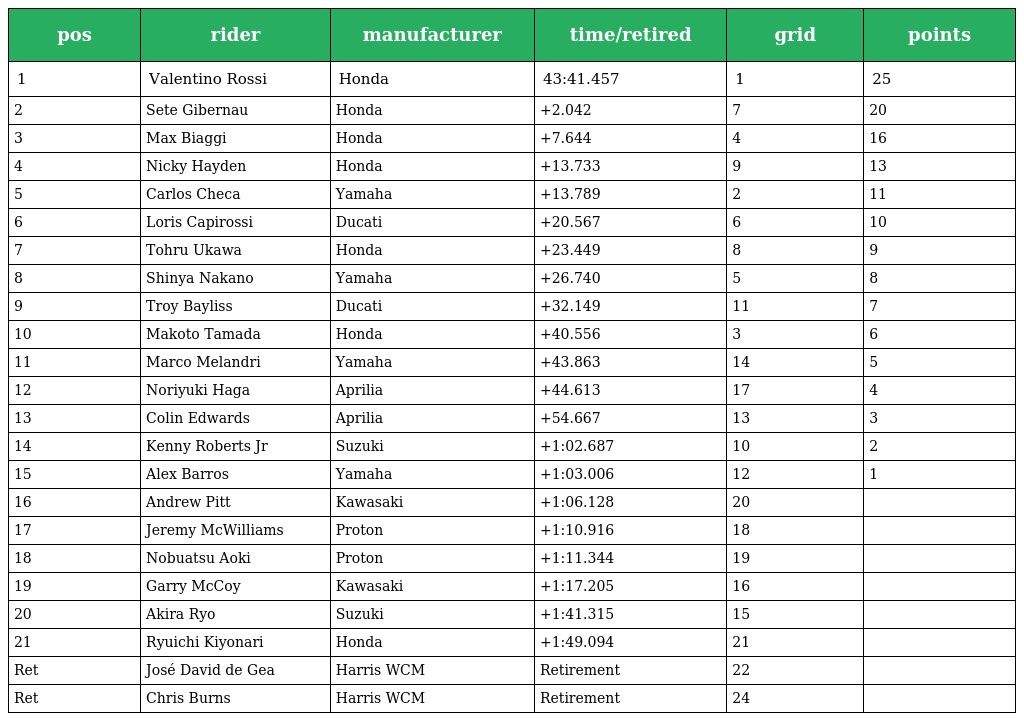
| pos | rider | manufacturer | time/retired | grid | points |
 | --- | --- | --- | --- | --- | --- |
 | 1 | Valentino Rossi | Honda | 43:41.457 | 1 | 25 |
 | 2 | Sete Gibernau | Honda | +2.042 | 7 | 20 |
 | 3 | Max Biaggi | Honda | +7.644 | 4 | 16 |
 | 4 | Nicky Hayden | Honda | +13.733 | 9 | 13 |
 | 5 | Carlos Checa | Yamaha | +13.789 | 2 | 11 |
 | 6 | Loris Capirossi | Ducati | +20.567 | 6 | 10 |
 | 7 | Tohru Ukawa | Honda | +23.449 | 8 | 9 |
 | 8 | Shinya Nakano | Yamaha | +26.740 | 5 | 8 |
 | 9 | Troy Bayliss | Ducati | +32.149 | 11 | 7 |
 | 10 | Makoto Tamada | Honda | +40.556 | 3 | 6 |
 | 11 | Marco Melandri | Yamaha | +43.863 | 14 | 5 |
 | 12 | Noriyuki Haga | Aprilia | +44.613 | 17 | 4 |
 | 13 | Colin Edwards | Aprilia | +54.667 | 13 | 3 |
 | 14 | Kenny Roberts Jr | Suzuki | +1:02.687 | 10 | 2 |
 | 15 | Alex Barros | Yamaha | +1:03.006 | 12 | 1 |
 | 16 | Andrew Pitt | Kawasaki | +1:06.128 | 20 |  |
 | 17 | Jeremy McWilliams | Proton | +1:10.916 | 18 |  |
 | 18 | Nobuatsu Aoki | Proton | +1:11.344 | 19 |  |
 | 19 | Garry McCoy | Kawasaki | +1:17.205 | 16 |  |
 | 20 | Akira Ryo | Suzuki | +1:41.315 | 15 |  |
 | 21 | Ryuichi Kiyonari | Honda | +1:49.094 | 21 |  |
 | Ret | José David de Gea | Harris WCM | Retirement | 22 |  |
 | Ret | Chris Burns | Harris WCM | Retirement | 24 |  |